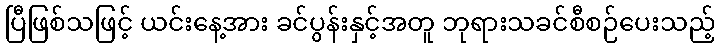
ပြီဖြစ်သဖြင့် ယင်းနေ့အား ခင်ပွန်းနှင့်အတူ ဘုရားသခင်စီစဉ်ပေးသည့်